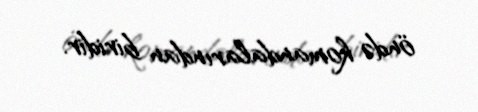
öndə komandalarından biridir.